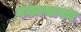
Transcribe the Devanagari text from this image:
बकायाका